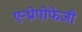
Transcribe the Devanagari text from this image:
एन्थ्रोपोफेजी